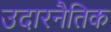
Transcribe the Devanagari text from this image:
उदारनैतिक